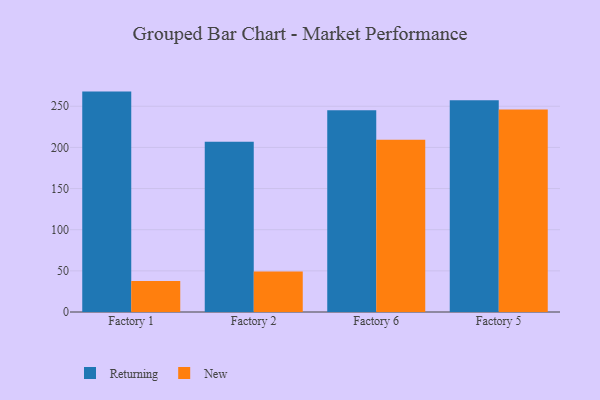
{"axis": {"x": "Factory", "y": "Temperature (°C)"}, "legend": ["New", "Returning"], "data": [{"x": "Factory 1", "y": 267.8, "type": "Returning"}, {"x": "Factory 1", "y": 37.8, "type": "New"}, {"x": "Factory 2", "y": 206.9, "type": "Returning"}, {"x": "Factory 2", "y": 49.3, "type": "New"}, {"x": "Factory 6", "y": 245.0, "type": "Returning"}, {"x": "Factory 6", "y": 209.2, "type": "New"}, {"x": "Factory 5", "y": 257.4, "type": "Returning"}, {"x": "Factory 5", "y": 246.2, "type": "New"}]}